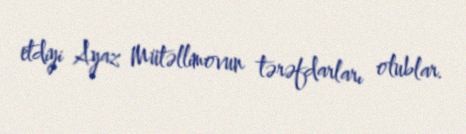
etdiyi Ayaz Mütəllimovun tərəfdarları olublar.